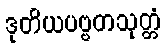
ဒုတိယပဗ္ဗတသုတ္တံ